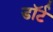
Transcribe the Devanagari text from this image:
डॉर्ट